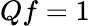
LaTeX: Qf=1